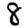
Digit: 8